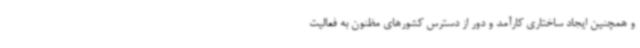
و همچنین ایجاد ساختاری کارآمد و دور از دسترس کشورهای مظنون به فعالیت